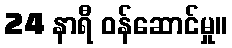
24 နာရီ ဝန်ဆောင်မှု။